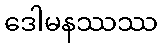
ဒေါမနဿဿ